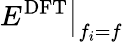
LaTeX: \left.E^{\mathrm{DFT}}\right|_{f_{i}=f}